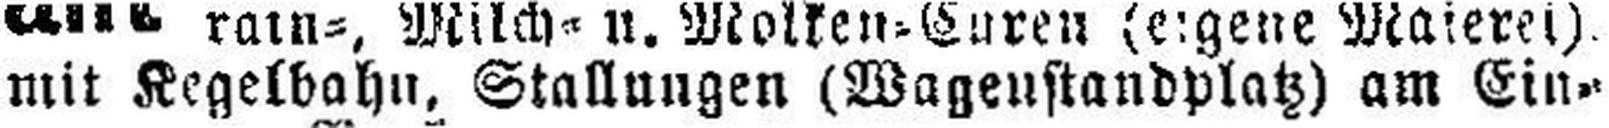
mit Kegelbahn, Stallungen (Wagenstandplatz) am Ein¬